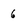
Character: 6